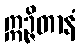
ဣဉ္ဇိတာနံ